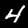
Digit: 4